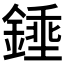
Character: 𨪰